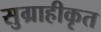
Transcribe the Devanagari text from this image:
सुग्राहीकृत